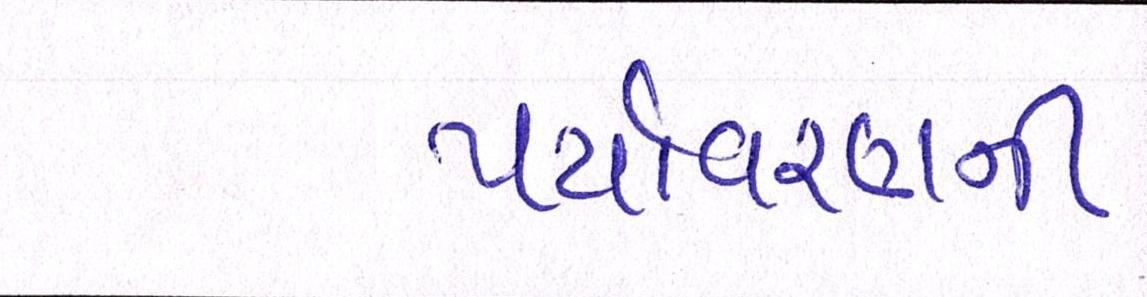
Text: પર્યાવરણની